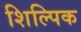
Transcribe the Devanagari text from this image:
शिल्पिक